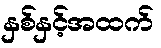
နှစ်နှင့်အထက်